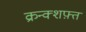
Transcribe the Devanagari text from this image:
क्रन्क्शफ़्त